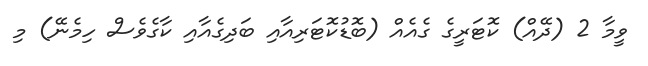
ވީމާ 2 (ދޭއް) ކޮޓަރީގެ ގެއެއް (ބޮޑުކޮޓަރިއާއި ބަދިގެއާއި ކާގެވެސް ހިމެނޭ) މި